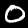
Digit: 0